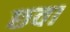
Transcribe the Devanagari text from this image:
छवा